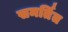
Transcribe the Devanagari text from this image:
समर्तित